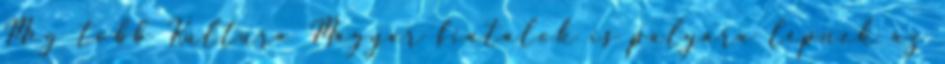
Még több Kultúra Magyar fiatalok is pályára lépnek az